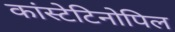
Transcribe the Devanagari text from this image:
कांस्टेटिनोपिल